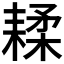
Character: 𦔇